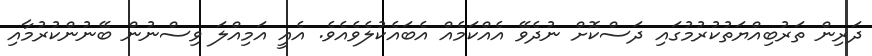
ދަރިން ތަރުބިއްޔަތުކުރުމުގައި ދަސްކޮށް ނުދެވޭ އެއްކަމެއް އެބައެކުލެވެއެވެ. އެއީ އަމިއްލަ ވިސްނުން ބޭނުންކުރުމާއި